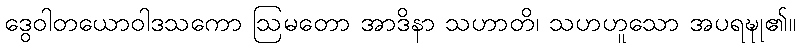
ဒွေဝါတယောဝါဒသကော ဩမတော အာဒိနာ သဟာတိ၊ သဟဟူသော အပရဍ္ဎု၏။